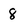
Character: 8